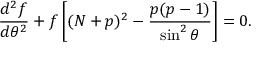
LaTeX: { \frac { d ^ { 2 } f } { d \theta ^ { 2 } } } + f \left[ ( N + p ) ^ { 2 } - { \frac { p ( p - 1 ) } { \sin ^ { 2 } \theta } } \right] = 0 .